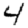
Digit: 4